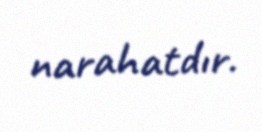
narahatdır.